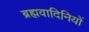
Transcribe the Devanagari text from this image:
ब्रह्मवादिनियों